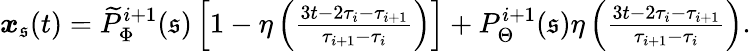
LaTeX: \begin{array}{r}{\boldsymbol{x}_{\mathfrak{s}}(t)=\widetilde{P}_{\Phi}^{i+1}(\mathfrak{s})\left[1-\eta\left(\frac{3t-2\tau_{i}-\tau_{i+1}}{\tau_{i+1}-\tau_{i}}\right)\right]+P_{\Theta}^{i+1}(\mathfrak{s})\eta\left(\frac{3t-2\tau_{i}-\tau_{i+1}}{\tau_{i+1}-\tau_{i}}\right).}\end{array}